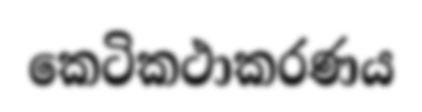
කෙටිකථාකරණය